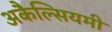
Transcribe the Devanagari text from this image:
अकैल्सियमी